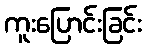
ကူးပြောင်းခြင်း